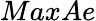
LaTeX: MaxAe